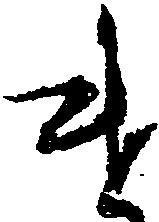
け